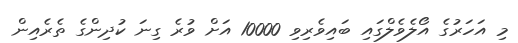
މި އަހަރުގެ އޯލެވެލްގައި ބައިވެރިވި 10000 އަށް ވުރެ ގިނަ ކުދިންގެ ތެރެއިން